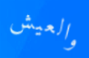
والعيش